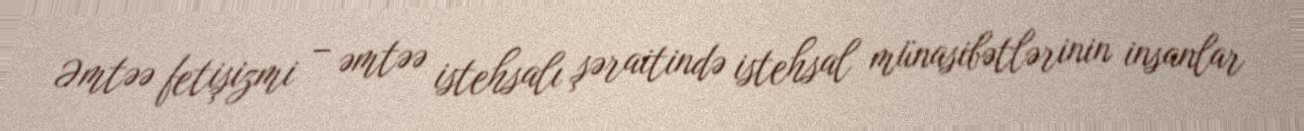
Əmtəə fetişizmi – əmtəə istehsalı şəraitində istehsal münasibətlərinin insanlar